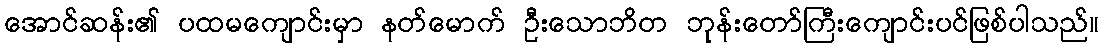
အောင်ဆန်း၏ ပထမကျောင်းမှာ နတ်မောက် ဦးသောဘိတ ဘုန်းတော်ကြီးကျောင်းပင်ဖြစ်ပါသည်။